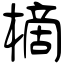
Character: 樀